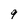
Character: 9